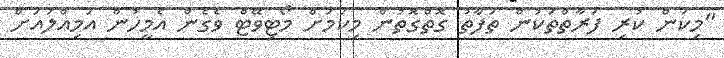
"މިކަން ކުރި ފަރާތްތަކުން ތަފާތު ގޮތްގޮތުން މިކަަމަށް މޯޓިވޭޓް ވެގެން އެމީހުން އަމިއްލައަށް